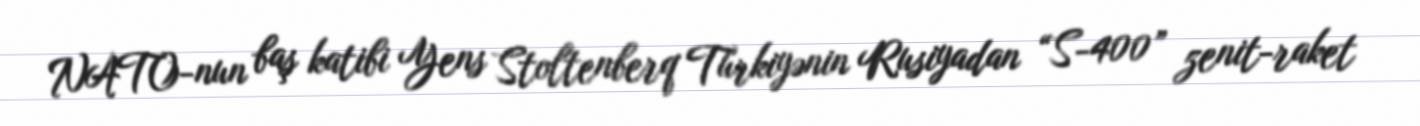
NATO-nun baş katibi Yens Stoltenberq Türkiyənin Rusiyadan “S-400” zenit-raket